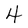
Character: 4